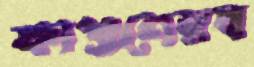
ফাগুনেরধ